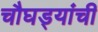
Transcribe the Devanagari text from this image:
चौघड्यांची